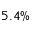
5 . 4 \%